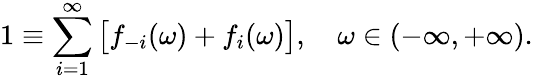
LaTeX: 1\equiv\sum_{i=1}^{\infty}\big[f_{-i}(\omega)+f_{i}(\omega)\big],\quad\omega\in(-\infty,+\infty).